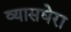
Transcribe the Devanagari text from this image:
व्यासघेरा